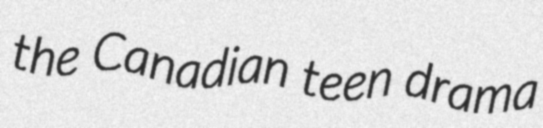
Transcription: the Canadian teen drama